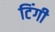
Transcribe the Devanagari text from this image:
टिंगी